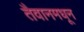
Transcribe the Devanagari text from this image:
तैवानमधून